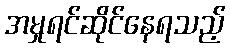
အမှုရင်ဆိုင်နေရသည့်